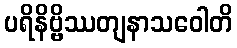
ပရိနိဗ္ဗိဿတျနာသဝေါတိ